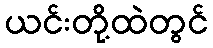
ယင်းတို့ထဲတွင်